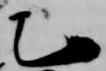
乙